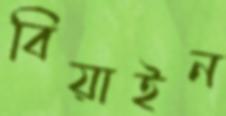
বিয়াইন